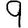
Digit: 9